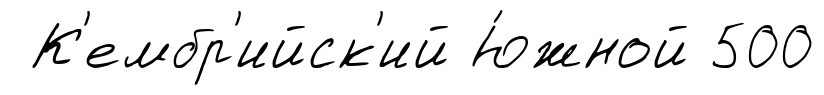
К'ембр'ийск'ий Ю́жной 500